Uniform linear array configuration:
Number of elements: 64
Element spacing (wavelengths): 0.75
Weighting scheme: uniform
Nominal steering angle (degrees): -15
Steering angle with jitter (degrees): -15.252
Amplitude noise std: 0.05
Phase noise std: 0.05

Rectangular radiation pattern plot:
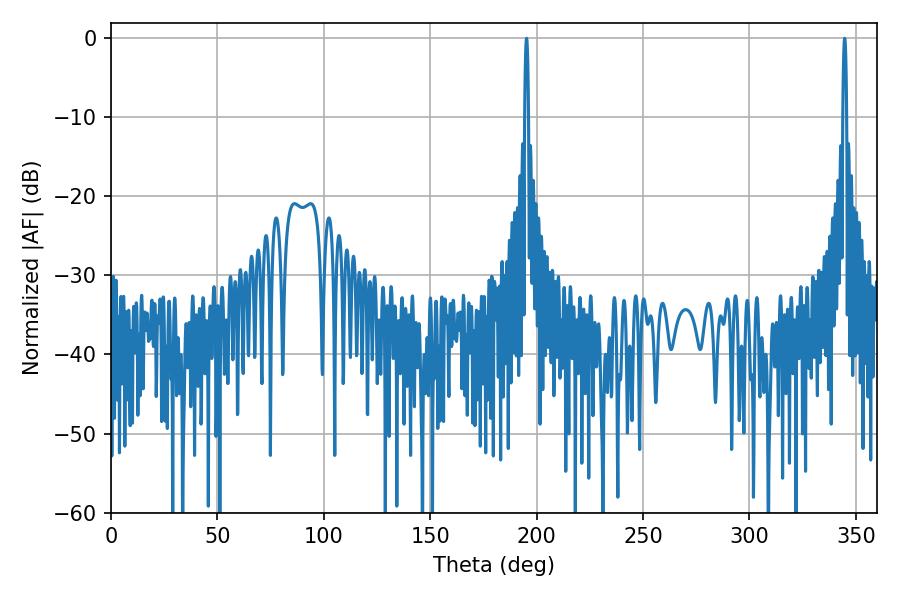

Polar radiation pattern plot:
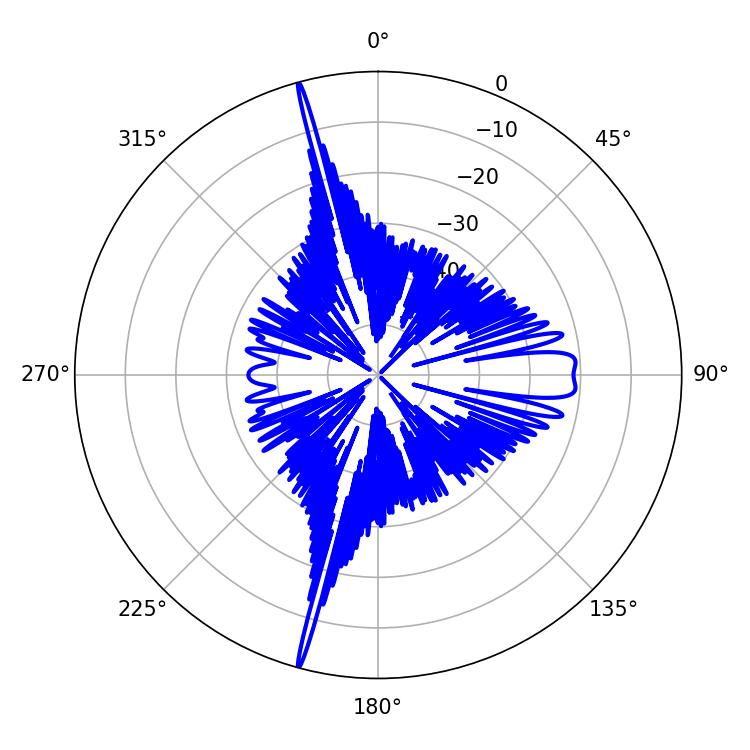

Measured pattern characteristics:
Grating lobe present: TRUE
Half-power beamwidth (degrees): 0.9
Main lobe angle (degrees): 344.7